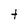
Character: t